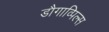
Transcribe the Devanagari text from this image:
डौगाव्पिल्स